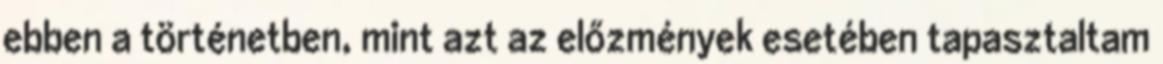
ebben a történetben, mint azt az előzmények esetében tapasztaltam